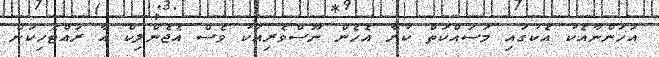
އަހަންނާއެކު އެކުގައި މަސައްކަތް ކުރާ އެހެން ނޫސްވެރިއަކު ވެސް އެޖެންލިކް އާ ރައްޓެހިކަން